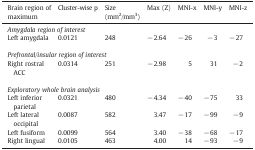
<table><thead><tr><td><b>Brain region of maximum</b></td><td><b>Cluster-wise p</b></td><td><b>Size (mm<sup>2</sup>/mm<sup>3</sup>)</b></td><td><b>Max (Z)</b></td><td><b>MNI-x</b></td><td><b>MNI-y</b></td><td><b>MNI-z</b></td></tr></thead><tbody><tr><td colspan="7"><i>Amygdala region of interest</i></td></tr><tr><td>Left amygdala</td><td>0.0121</td><td>248</td><td>− 2.64</td><td>− 26</td><td>− 3</td><td>− 27</td></tr><tr><td colspan="7">  </td></tr><tr><td colspan="7"><i>Prefrontal/insular region of interest</i></td></tr><tr><td>Right rostral ACC</td><td>0.0314</td><td>251</td><td>− 2.98</td><td>5</td><td>31</td><td>− 2</td></tr><tr><td colspan="7">  </td></tr><tr><td colspan="7"><i>Exploratory whole brain analysis</i></td></tr><tr><td>Left inferior parietal</td><td>0.0321</td><td>480</td><td>− 4.34</td><td>− 40</td><td>− 75</td><td>33</td></tr><tr><td>Left lateral occipital</td><td>0.0087</td><td>582</td><td>3.47</td><td>− 17</td><td>− 99</td><td>− 9</td></tr><tr><td>Left fusiform</td><td>0.0099</td><td>564</td><td>3.40</td><td>− 38</td><td>− 68</td><td>− 17</td></tr><tr><td>Right lingual</td><td>0.0105</td><td>463</td><td>4.00</td><td>14</td><td>− 93</td><td>− 9</td></tr></tbody></table>